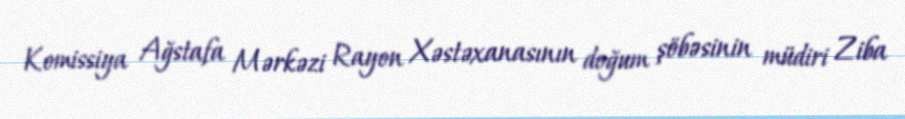
Komissiya Ağstafa Mərkəzi Rayon Xəstəxanasının doğum şöbəsinin müdiri Ziba